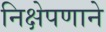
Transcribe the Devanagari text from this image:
निक्षेपणाने